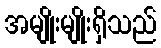
အမျိုးမျိုးရှိသည်